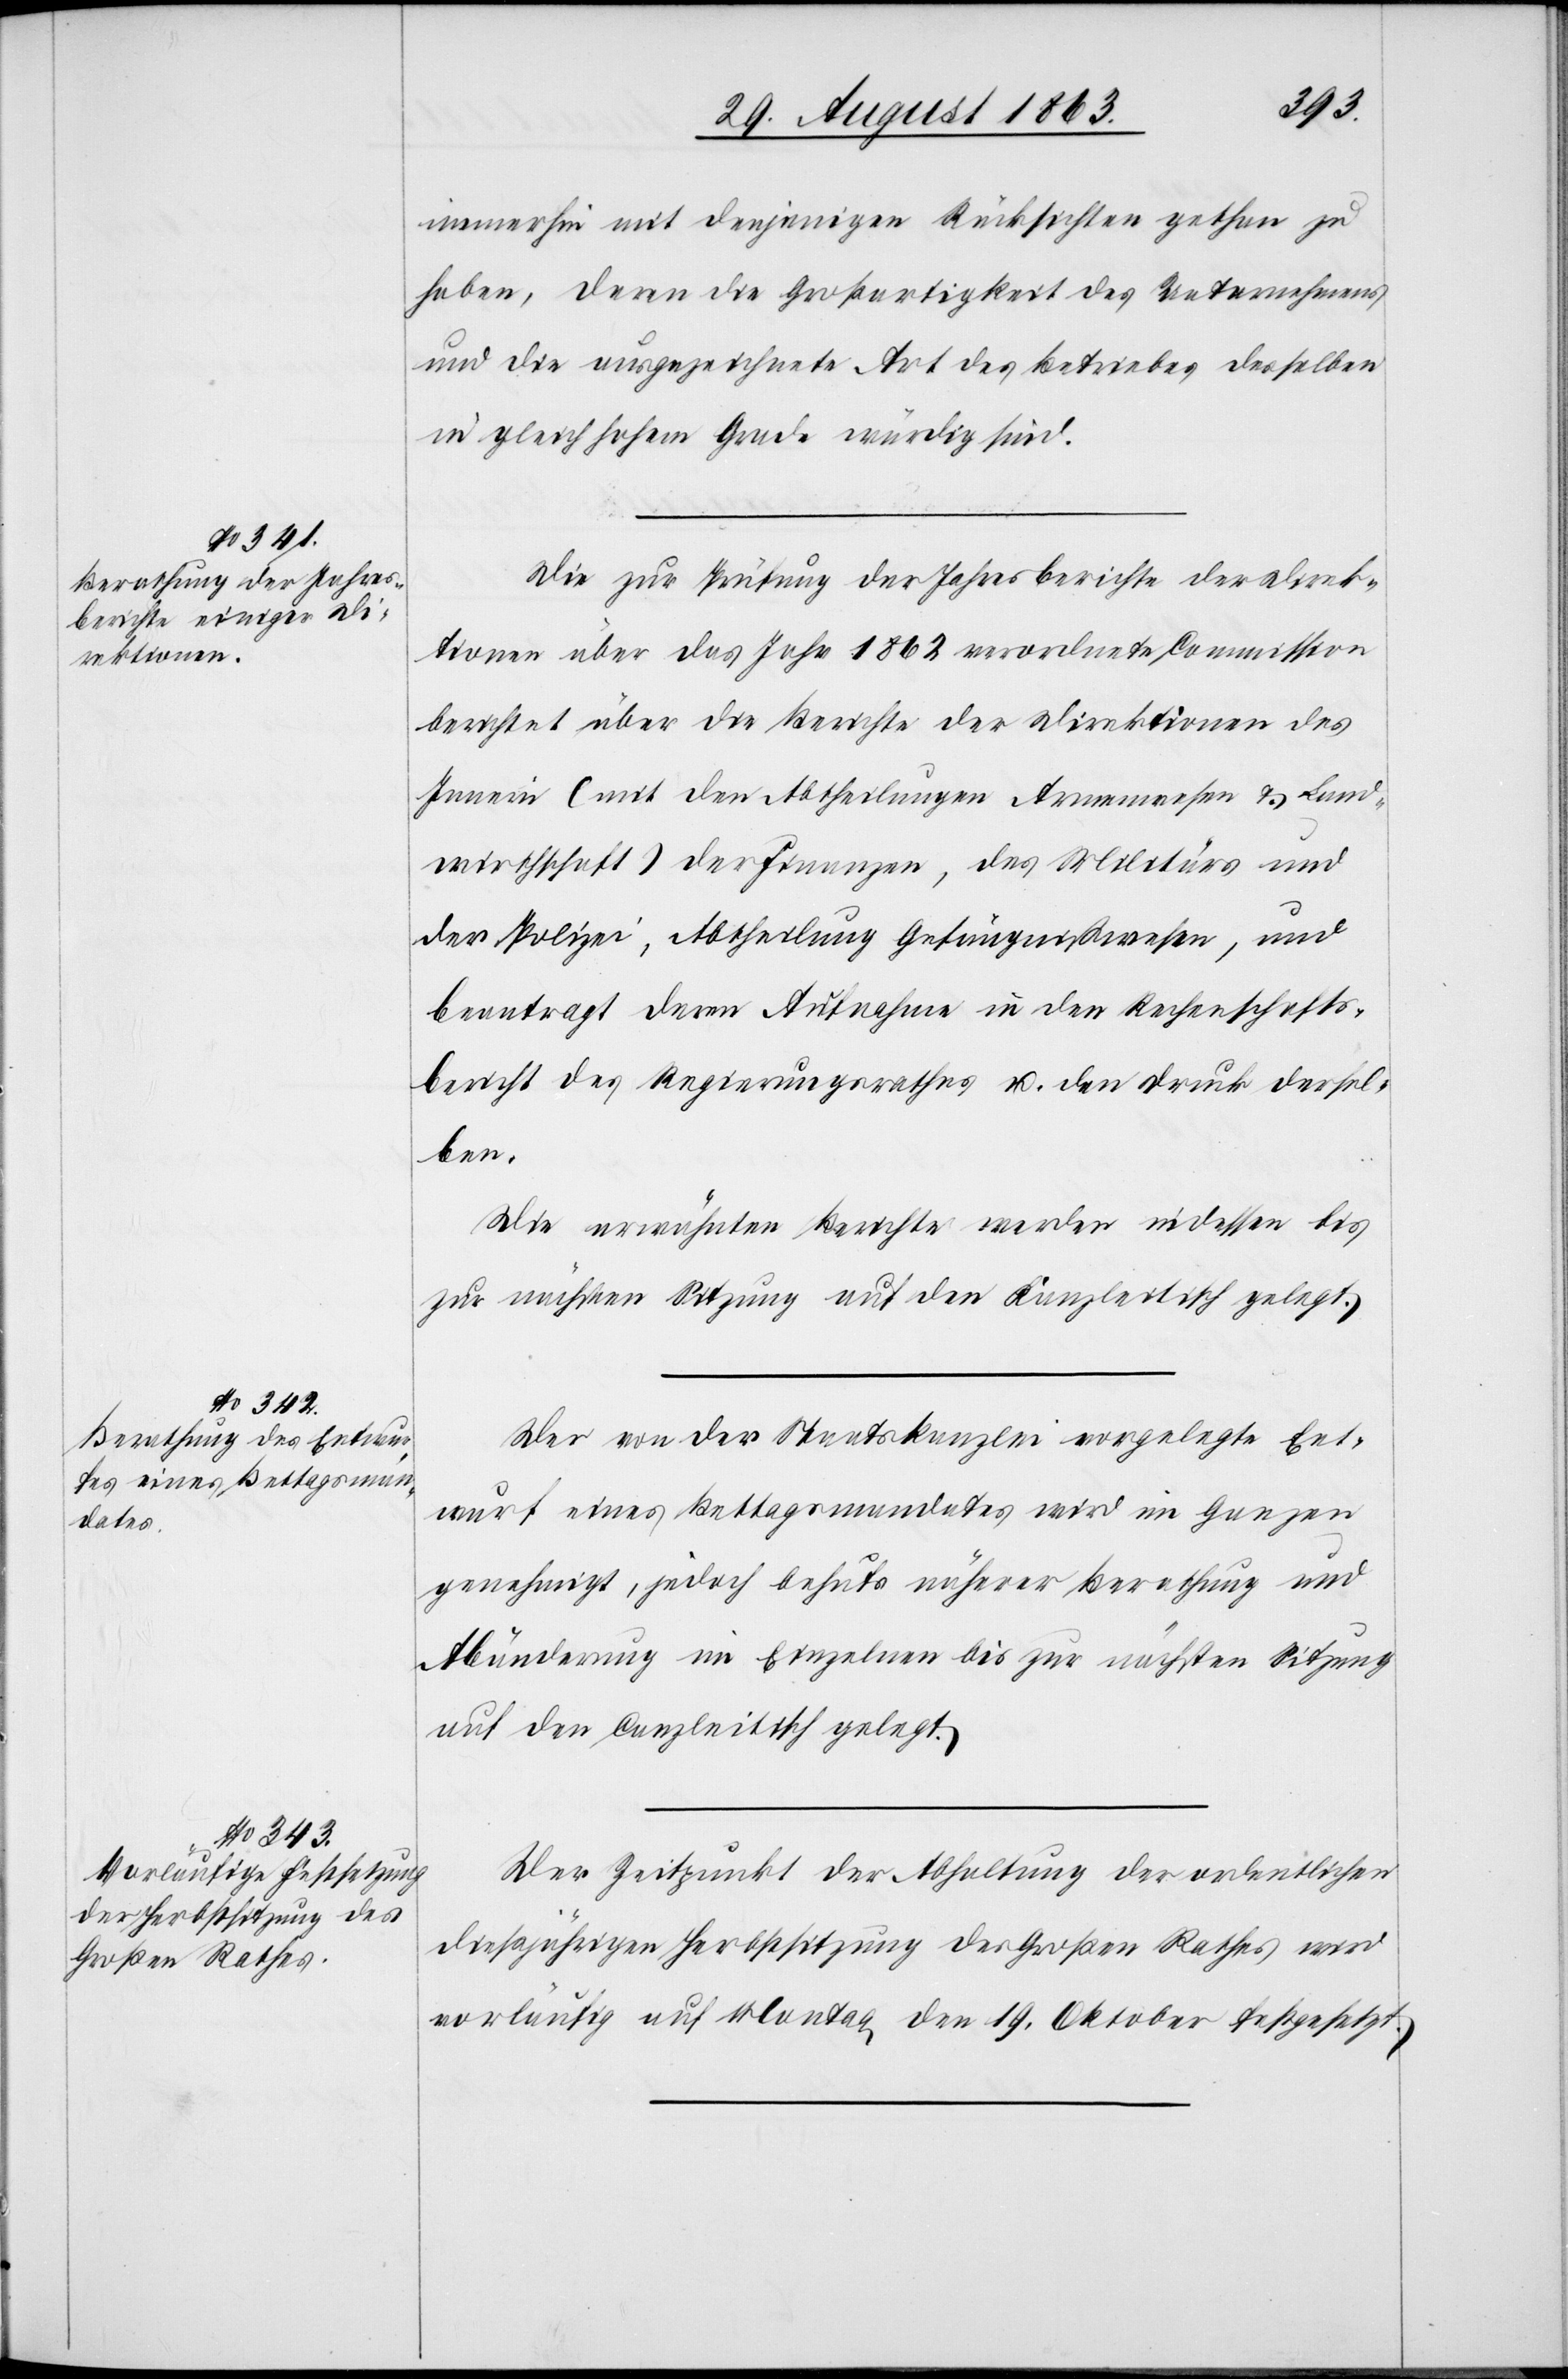
immerhin mit denjenigen Rücksichten gethan zu
haben, deren die Großartigkeit des Unternehmens
und die ausgezeichnete Art des Betriebes desselben
in gleich hohem Grade würdig sind.
Die zur Prüfung der Jahresberichte der Direk¬
tionen über das Jahr 1862 verordnete Commission
berichtet über die Berichte der Direktionen des
Innern (mit den Abtheilungen Armenwesen & Land¬
wirthschaft) der Finanzen, des Militärs und
der Polizei, Abtheilung Gefängnißwesen, und
beantragt deren Aufnahme in den Rechenschafts¬
bericht des Regierungsrathes u. den Druck dersel¬
ben.
Die erwähnten Berichte werden indessen bis
zur nächsten Sitzung auf den Kanzleitisch gelegt.
Der von der Staatskanzlei vorgelegte Ent¬
wurf eines Bettagsmandates wird im Ganzen
genehmigt, jedoch behufs näherer Berathung und
Abänderung im Einzelnen bis zur nächsten Sitzung
auf den Canzleitisch gelegt.
Der Zeitpunkt der Abhaltung der ordentlichen
dießjährigen Herbstsitzung des Großen Rathes wird
vorläufig auf Montag den 19. Oktober festgesetzt.